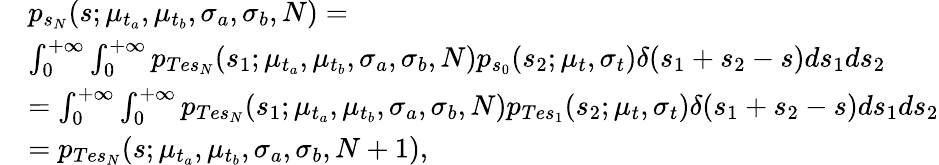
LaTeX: \begin{array}{rl}&{p_{s_{N}}(s;\mu_{t_{a}},\mu_{t_{b}},\sigma_{a},\sigma_{b},N)=}\\ &{\int_{0}^{+\infty}\int_{0}^{+\infty}p_{Tes_{N}}(s_{1};\mu_{t_{a}},\mu_{t_{b}},\sigma_{a},\sigma_{b},N)p_{s_{0}}(s_{2};\mu_{t},\sigma_{t})\delta(s_{1}+s_{2}-s)ds_{1}ds_{2}}\\ &{=\int_{0}^{+\infty}\int_{0}^{+\infty}p_{Tes_{N}}(s_{1};\mu_{t_{a}},\mu_{t_{b}},\sigma_{a},\sigma_{b},N)p_{Tes_{1}}(s_{2};\mu_{t},\sigma_{t})\delta(s_{1}+s_{2}-s)ds_{1}ds_{2}}\\ &{=p_{Tes_{N}}(s;\mu_{t_{a}},\mu_{t_{b}},\sigma_{a},\sigma_{b},N+1),}\end{array}